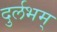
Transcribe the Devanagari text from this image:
दुर्लभम्